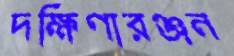
দক্ষিণারঞ্জন